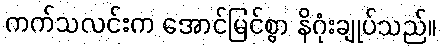
ကက်သလင်းက အောင်မြင်စွာ နိဂုံးချုပ်သည်။